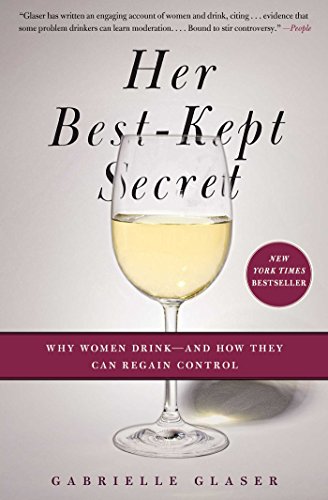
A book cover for Her Best-Kept Secret: Why Women Drink-And How They Can Regain Control; Gabrielle Glaser; Health, Fitness & Dieting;